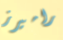
راميرز